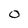
Character: 0